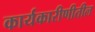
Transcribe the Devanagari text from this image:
कार्यकारीणीतील